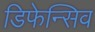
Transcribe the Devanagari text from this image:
डिफेन्सिव